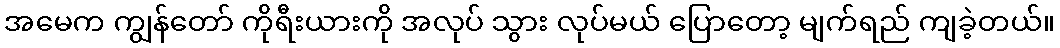
အမေက ကျွန်တော် ကိုရီးယားကို အလုပ် သွား လုပ်မယ် ပြောတော့ မျက်ရည် ကျခဲ့တယ်။